Scottish Leaving Certificate Examination, 1956
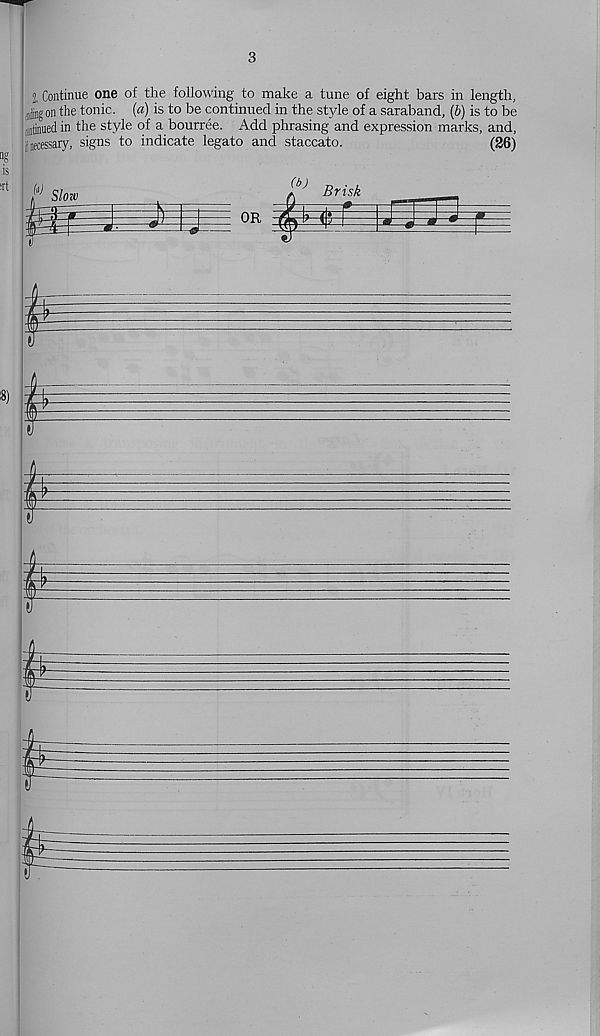
3
2, Continue one of the following to make a tune of eight bars in length,
igon the tonic, [a) is to be continued in the style of a saraband, (b) is to be
mutinied in the style of a bourree. Add phrasing and expression marks, and,
| necessary, signs to indicate legato and staccato.
(26)
OR
(b) Brisk